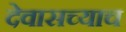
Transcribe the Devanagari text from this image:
देवासच्याच